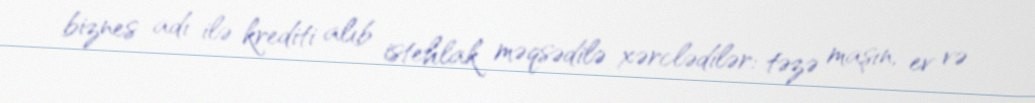
biznes adı ilə krediti alıb istehlak məqsədilə xərclədilər: təzə maşın, ev və